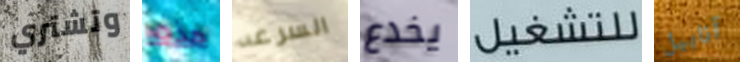
وتشتري هذه السرعه يخدع للتشغيل آنابيل